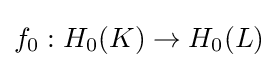
f_{0}:H_{0}(K)\to H_{0}(L)